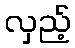
လှည့်